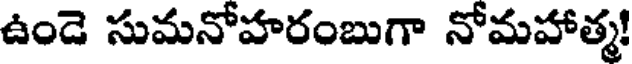
ఉండె సుమనోహరంబుగా నోమహాత్మ!